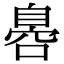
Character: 𮍛